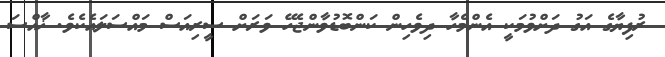
ރުފިޔާގެ އަގު ދަށްވުމަކީ އެންމެހާ ދިވެހިން ކަންބޮޑުވާންޖެހޭ ވަރަށް ސީރިއަސް މައްސަލައެކެވެ. ޚާއްސަ